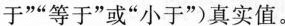
于””等于”或”小于”)真实值。